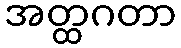
အတ္ထဂတာ